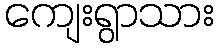
ကျေးရွာသား